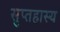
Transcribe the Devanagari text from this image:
सुप्तहास्य